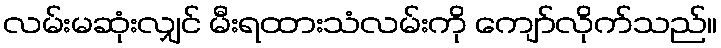
လမ်းမဆုံးလျှင် မီးရထားသံလမ်းကို ကျော်လိုက်သည်။